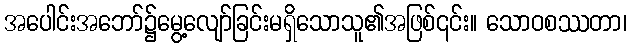
အပေါင်းအဘော်၌မွေ့လျော်ခြင်းမရှိသောသူ၏အဖြစ်၎င်း။ သောဝစဿတာ၊